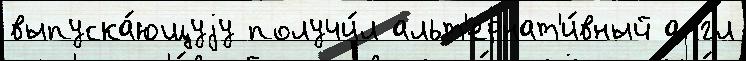
выпуска́ющуjу получи́л альт'ернат'и́вный англ